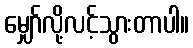
မျှော်လို့လင့်သွားတာပါ။